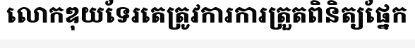
លោកឌុយទែរតេត្រូវការការត្រួតពិនិត្យផ្នែក